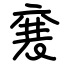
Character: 㐮